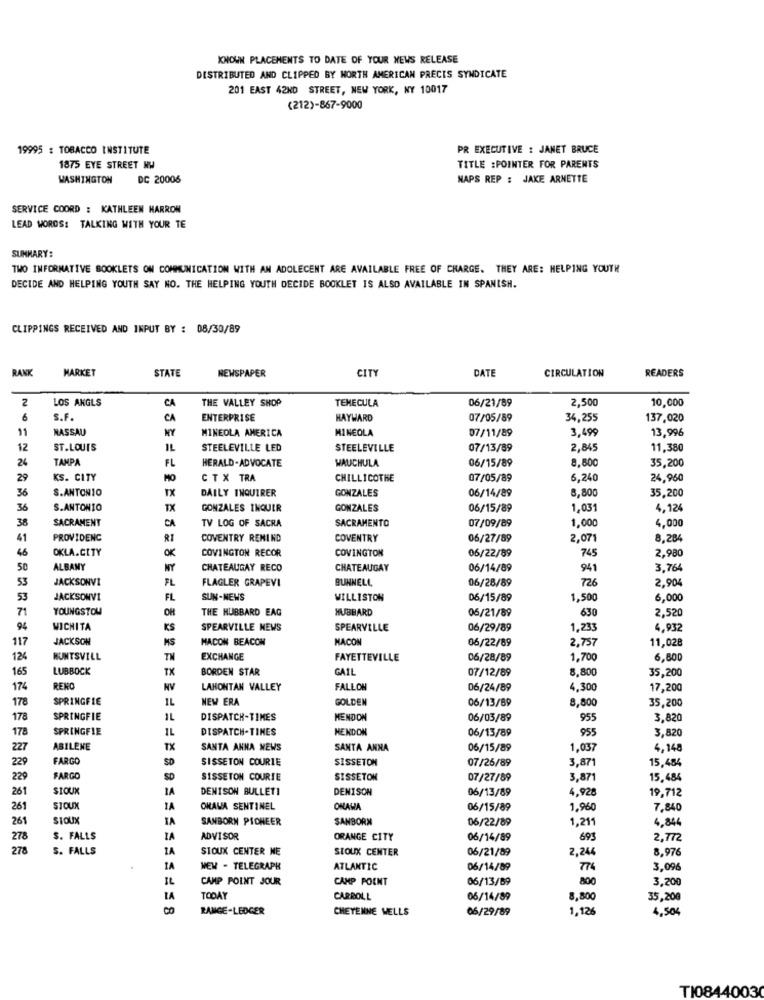
KNOWN PLACEMENTS TO DATE OF YOUR NEWS RELEASE
DISTRIBUTED AND CLIPPED BY NORTH AMERICAN PRECIS SYNDICATE
201 EAST 42ND STREET, NEW YORK, NY 10017
(212)-867-9000
19995 : TOBACCO INSTITUTE
PR EXECUTIVE : JANET BRUCE
1875 EYE STREET NW
TITLE :POINTER FOR PARENTS
WASHINGTON
DC 20006
MAPS REP : JAKE ARNETTE
SERVICE COORD : KATHLEEN HARROW
LEAD WORDS: TALKING WITH YOUR TE
SUMMARY:
TWO INFORMATIVE BOOKLETS ON COMMUNICATION WITH AN ADOLECENT ARE AVAILABLE FREE OF CHARGE. THEY ARE: HELPING YOUTH
DECIDE AND HELPING YOUTH SAY NO. THE HELPING YOUTH DECIDE BOOKLET IS ALSO AVAILABLE IN SPANISH.
CLIPPINGS RECEIVED AND INPUT BY : 08/30/89
RANK
MARKET
STATE
NEWSPAPER
CITY
DATE
CIRCULATION
READERS
2
LOS AKGLS
THE VALLEY SHOP
TEMECULA
06/21/89
2,500
10,000
CA
6
S.F.
CA
ENTERPRISE
HAYWARD
07/05/59
34,255
137,020
11
NASSAU
NY
MINEOLA AMERICA
MINEOLA
3,499
13,996
07/11/89
12
ST.LOUIS
STEELEVILLE LED
STEELEVILLE
07/13/89
2,845
11,380
24
TAMPA
FL
HERALD-ADVOCATE
WAUCHULA
06/15/89
8,800
35,200
29
KS. CITY
CTX TRA
CHILLICOTHE
07/05/89
6,240
24,960
36
S.ANTONIO
TX
DAILY INQUIRER
GONZALES
06/14/89
8,800
35,200
36
S.ANTONIO
TX
GONZALES INQUER
GONZALES
06/15/89
1,031
4,124
38
SACRAMENT
CA
1,000
TV LOG OF SACRA
SACRAMENTO
07/09/89
4,000
41
PROVIDENC
RI
COVENTRY REMIND
COVENTRY
06/27/89
2,071
8,284
46
OKLA.CITY
OK
COVINGTON RECOR
COVINGTON
06/22/89
745
2,980
50
ALBANY
NY
CHATEAUGAY RECO
CHATEAUGAY
06/14/89
941
3.764
53
JACKSONVI
FL
FLAGLER GRAPEVI
BUNNELL
06/28/89
726
2,904
53
JACKSONVI
FL
SUN-NEWS
WILLISTON
06/15/89
1,500
6,000
71
YOUNGSTOU
OH
THE HUBBARD EAG
HUBBARD
2,520
06/21/89
630
94
WICHITA
KS
SPEARVILLE NEWS
SPEARVILLE
06/29/89
1,233
4,932
117
JACKSON
MS
MACON BEACON
MACON
06/22/89
2,757
11,028
124
HUNTSVILL
TN
EXCHANGE
FAYETTEVILLE
06/28/89
1,700
6,800
165
LUBBOCK
TX
BORDEN STAR
GAIL
07/12/89
8,800
35,200
174
RENO
NV
LAHONTAN VALLEY
FALLON
06/24/89
4,300
17,200
178
SPRINGFIE
IL
NEW ERA
GOLDEN
06/13/89
8,800
35,200
178
SPRINGFIE
1L
DISPATCH-TIMES
MENDON
06/03/89
955
3,820
178
SPRINGFIE
1L
DISPATCH-TIMES
HENDON
06/13/89
955
3,820
227
ABILENE
TX
SANTA ANNA NEWS
SANTA ANNA
06/15/89
1,037
4,148
229
FARGO
SD
SISSETON COURTE
SISSETON
07/26/89
3,871
15,484
229
FARGO
SISSETON COURTE
SISSETON
07/27/89
3,871
15,484
261
SIOUX
1A
DENISON BULLETI
DENISON
06/13/89
4,928
19,712
261
SIOUX
IA
OKAWA SENTINEL
ONAWA
06/15/89
1,960
7,840
STOUX
IA
SANBORN PIONEER
SANBORN
06/22/89
1,211
4,844
261
278
S. FALLS
IA
ADVISOR
ORANGE CITY
06/14/89
693
2,772
278
S. FALLS
IA
SIOUX CENTER NE
SIOUX CENTER
06/21/89
2,244
8.976
1A
NEW . TELEGRAPH
ATLANTIC
06/14/89
774
3,096
IL
CAMP POINT JOUR
CAMP POINT
06/13/69
800
3,200
LA
TODAY
CARROLL
06/14/89
8,800
35,200
CO
RANGE-LEDGER
CHEYENNE WELLS
06/29/89
1,126
4,504
TI08440030